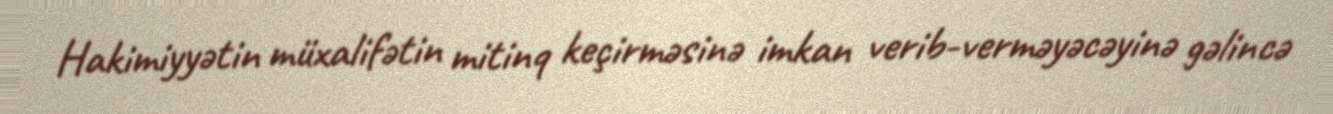
Hakimiyyətin müxalifətin mitinq keçirməsinə imkan verib-verməyəcəyinə gəlincə